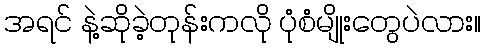
အရင် နဲ့ဆိုခဲ့တုန်းကလို ပုံစံမျိုးတွေပဲလား။